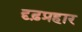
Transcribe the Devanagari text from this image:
दृढ़प्रहार